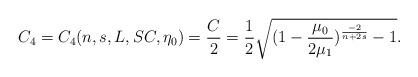
LaTeX: \begin{align*}C_4=C_4(n,s,L,SC,\eta_0)=\frac{C}{2}=\frac{1}{2}\sqrt{ (1-\frac{\mu_0}{2\mu_1})^{\frac{-2}{n+2s}}-1}.\end{align*}